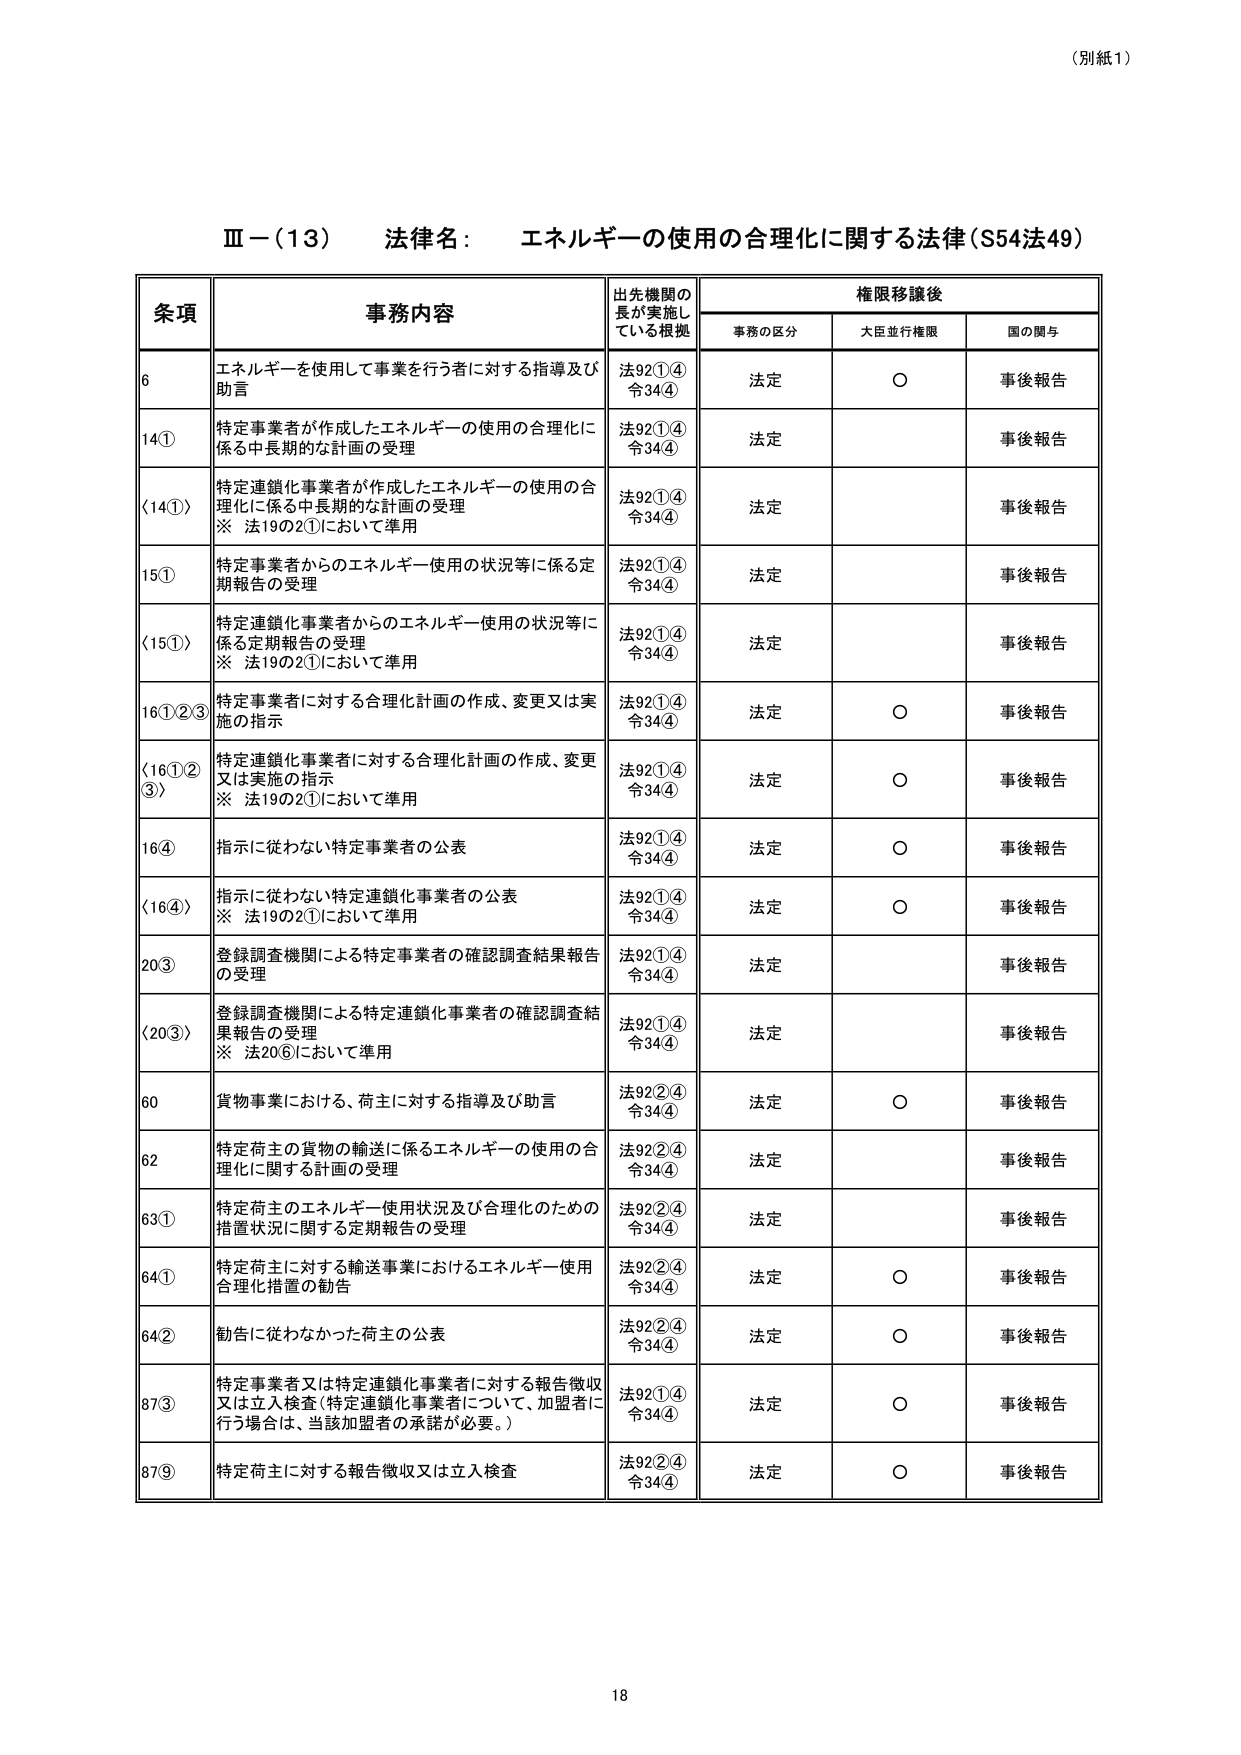
（別紙1）

Ⅲ－（13） 法律名： エネルギーの使用の合理化に関する法律（S54法49）

条項 事務内容 出先機関の長が実施している根拠 権限移譲後